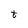
Character: t